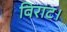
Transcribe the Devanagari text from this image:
विराट।